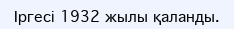
Іргесі 1932 жылы қаланды.